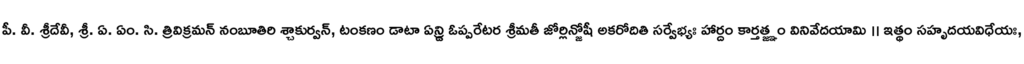
పీ. వీ. శ్రీదేవీ, శ్రీ. ఏ. ఏం. సి. త్రివిక్రమన్ నంబూతిరి శ్చాకుర్వన్, టంకణం డాటా ఏన్డ్రి ఓప్పరేటర శ్రీమతీ జోర్లిన్జోషీ అకరోదితి సర్వేభ్యః హార్దం కార్తత్జ్ఞం వినివేదయామి ।। ఇత్థం సహృదయవిధేయః,